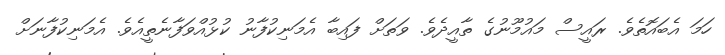
ހަމަ އެބައޮތެވެ. ރައީސް މައުމޫނުގެ ތާއީދެވެ. ވަތަށް ފައިބާ އެމަނިކުފާނު ކުޅުއްވަފާނެތީއެވެ. އެމަނިކުފާނަށް